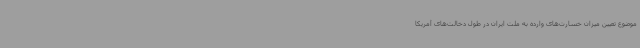
موضوع تعیین میزان خسارت‌های وارده به ملت ایران در طول دخالت‌های آمریکا